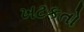
ખટકતો